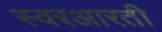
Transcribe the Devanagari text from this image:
स्वरआरती